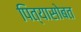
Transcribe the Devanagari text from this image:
पित्यासोबत